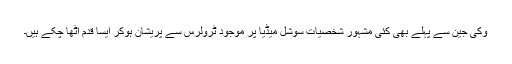
وکی جین سے پہلے بھی کئی مشہور شخصیات سوشل میڈیا پر موجود ٹرولرس سے پریشان ہوکر ایسا قدم اٹھا چکے ہیں۔